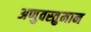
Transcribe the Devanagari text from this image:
अणुवस्तुमान